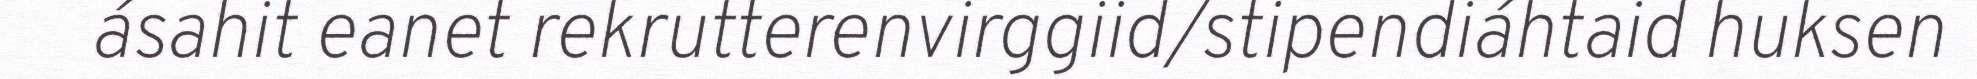
ásahit eanet rekrutterenvirggiid/stipendiáhtaid huksen